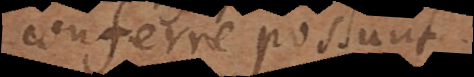
conferre possunt.